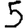
Digit: 5